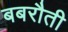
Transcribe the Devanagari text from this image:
बबरौती